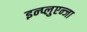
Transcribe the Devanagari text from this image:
इन्प्लुएन्जा